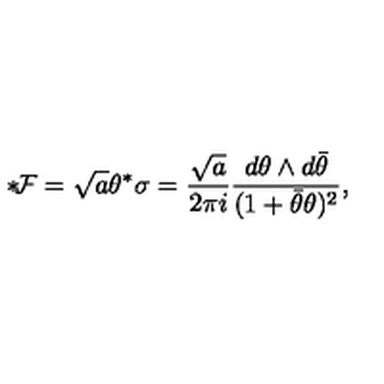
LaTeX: { * } \! { \cal F } = \sqrt { a } \theta ^ { * } \sigma = \frac { \sqrt { a } } { 2 \pi i } \frac { d \theta \wedge d { \bar { \theta } } } { ( 1 + { \bar { \theta } } \theta ) ^ { 2 } } ,